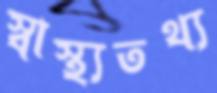
স্বাস্থ্যতথ্য